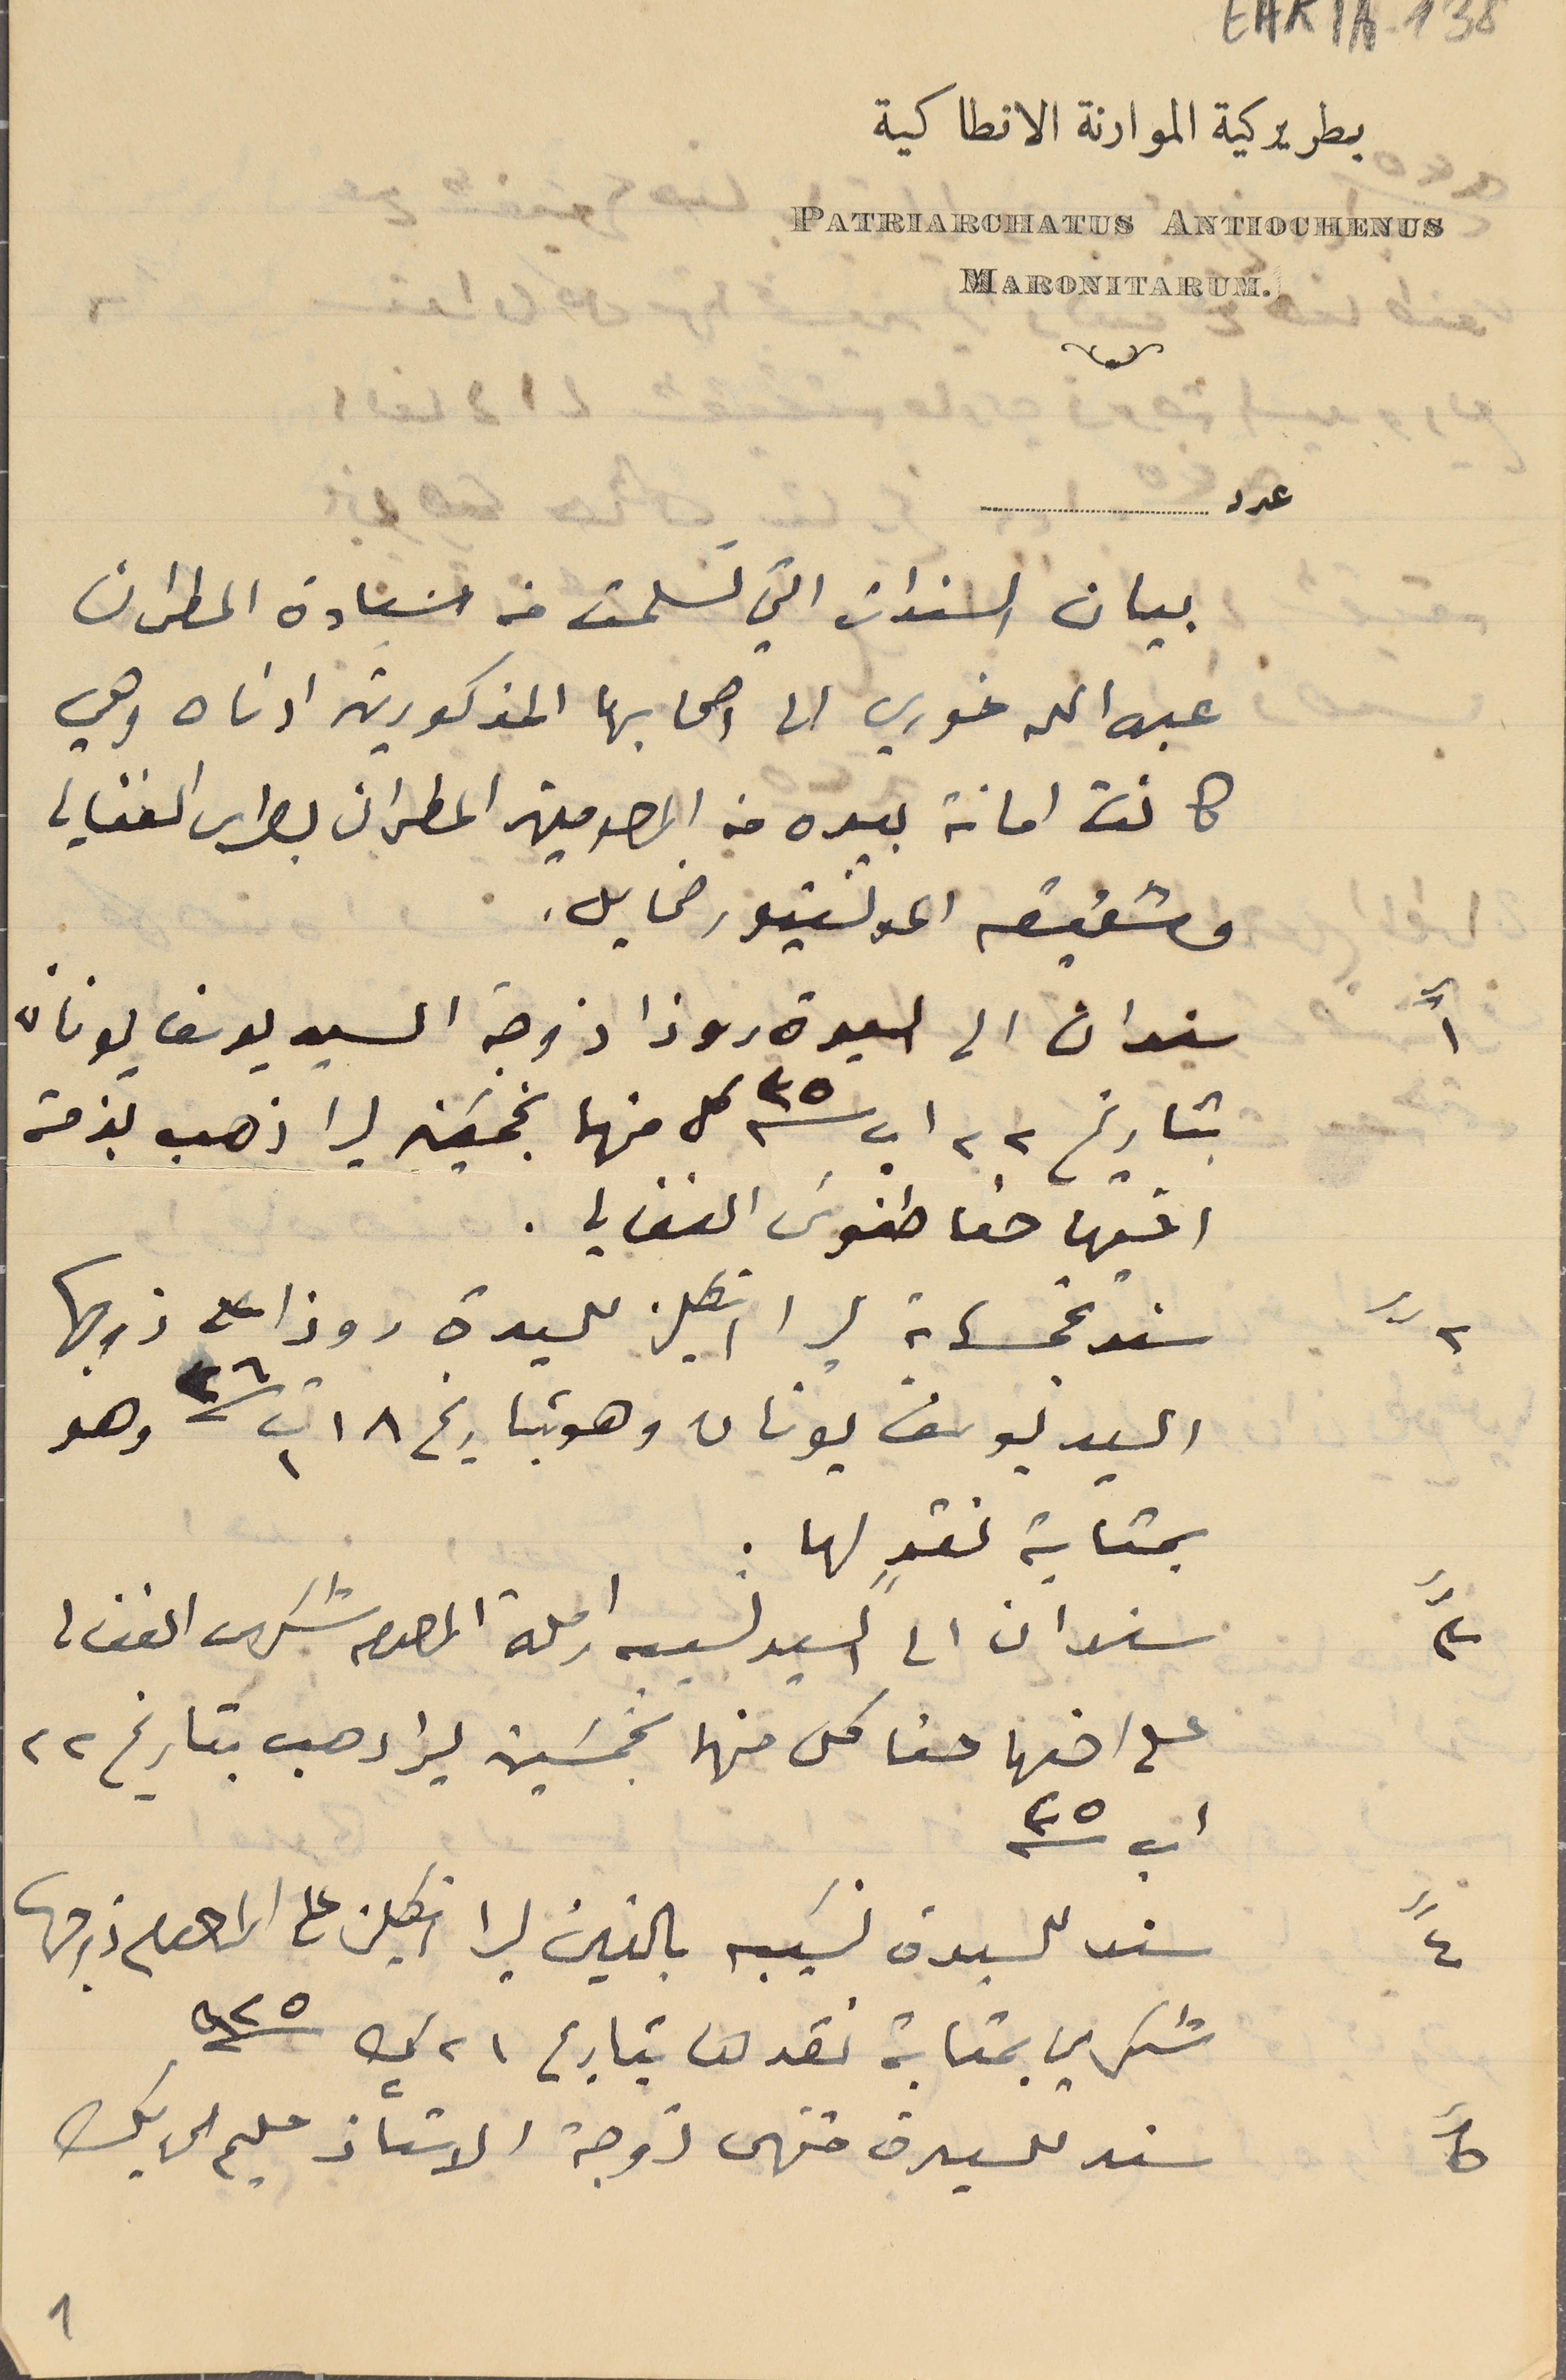
بطريركية الموارنة الانطاكية
PATRIARCHATUS ANTIOCHENUS
.MARONITARUM
EAK1A-138
عدد ..............................
بيان السندات التي تسلمت من سَعادة المطران
 عبد الله خوري الى اصحابها المذكورين ادناه وهي
كانت امانة بيده من المرحومين المطران بطرس الفغالي
 وشقيقه المونسنيور مخايل.
 سندان الى السيدة روزا زوجة السيد يوسف يونان
 بتاريخ ٢٢ اب سنة ٣٥ كل منها بخمَسَين ليرا ذهب بذمته
اخيها حنا طنوسَ الفغالي.
 سند بخمسماية ليرا انكليز للسيدة روزا على زوجها
السيد يوسف يونان وهو بتاريخ ١٨ ت١ سنة ٢٦ وهو
بمثابة نقدٍ لها .
سندان الى السيد نسيبه ارملة المرحوم شكرى الغغالي
على اخىها حنا كل منها بخمسَين ليرا دهب بتاريخ ٢٢
 اب سنة ٣٥
سند للسيدة نسَيبه بالفين ليرا انكليز على المرحوم زوجها
 شكري بمثابة نقد لىا بتاريخ ٢١ ك٢ سنة ٩٢٥
 سند للسيدة منتهى زوجة الاستاذ سَليم الحايك
١"
٢"
٣"
٤"
٥"
1